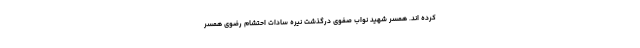
کرده اند. همسر شهید نواب صفوی درگذشت نیره‌ سادات احتشام رضوی همسر